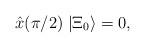
LaTeX: \begin{align*}\hat{x}(\pi/2) \; | {\Xi}_0 \rangle = 0,\end{align*}